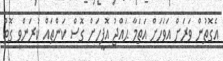
އެގޮތުން ވަރަށް އަވަހަށް އަތަމާ ޙައްޖު އޮފީހަށް ގޮސް ކަންތައް ކުރަންވީ ގޮތް